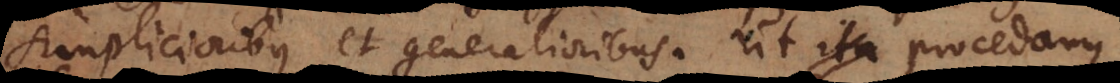
simplicioribus et generalioribus. Ut procedamus